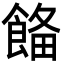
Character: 𩜗